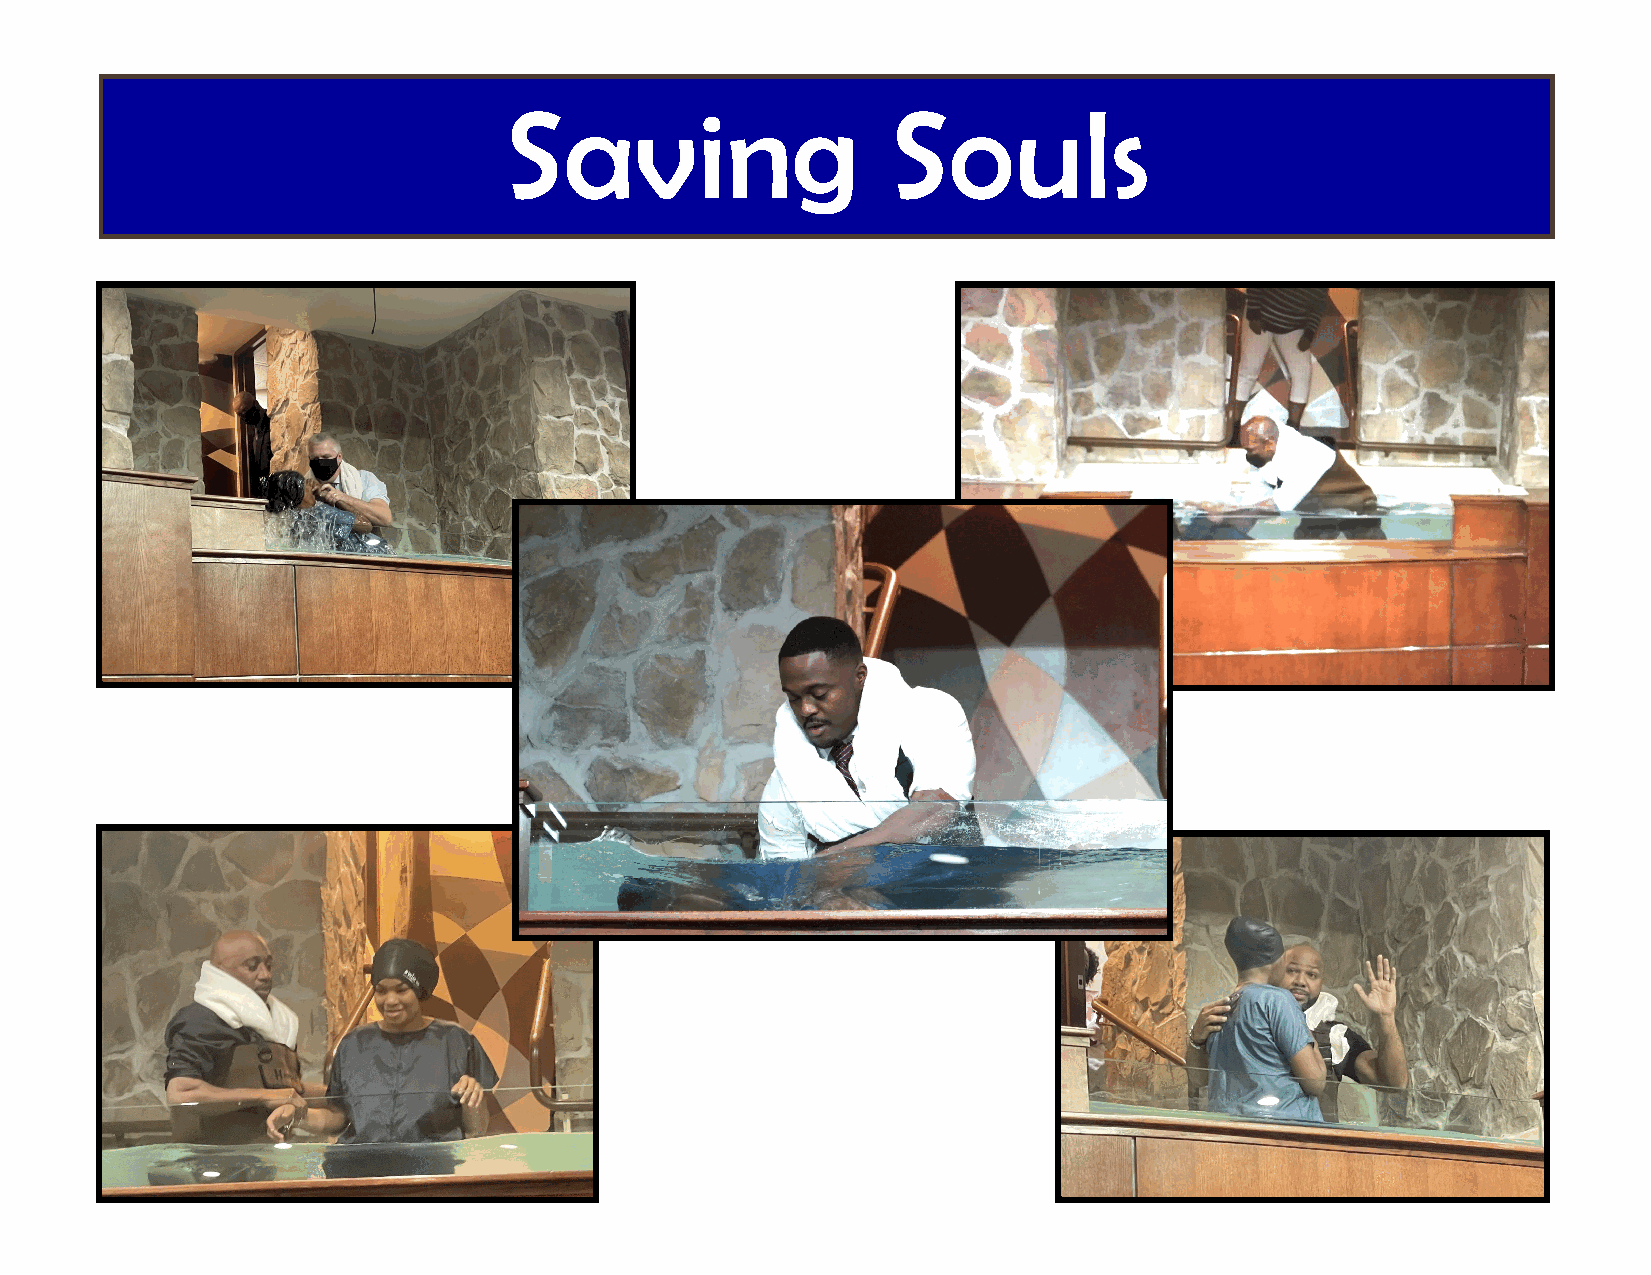
Saving                    Souls